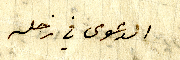
الدعوى في زحله